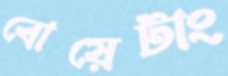
বোয়েটাং